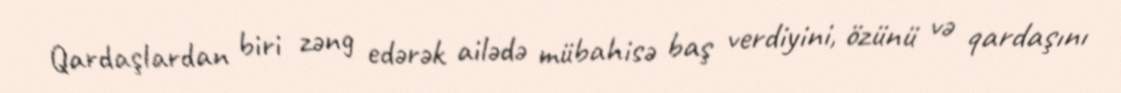
Qardaşlardan biri zəng edərək ailədə mübahisə baş verdiyini, özünü və qardaşını